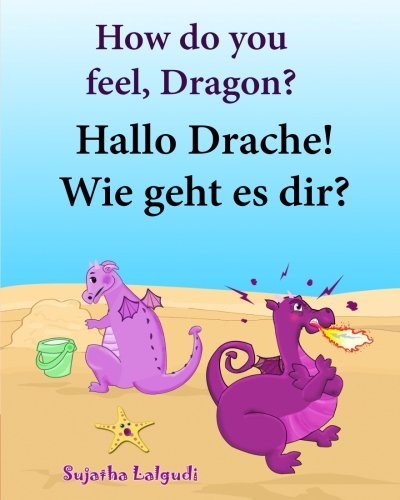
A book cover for How do you feel, Dragon. Hallo Drache.Wie geht es dir: Children's English-German Picture book (Bilingual Edition), German childrens picture ... for children:) (Volume 4) (German Edition); Sujatha Lalgudi; Children's Books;